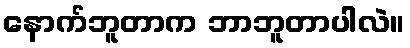
နောက်ဘူတာက ဘာဘူတာပါလဲ။